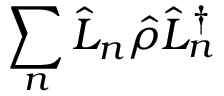
\sum _ { n } \hat { L } _ { n } \hat { \rho } \hat { L } _ { n } ^ { \dagger }